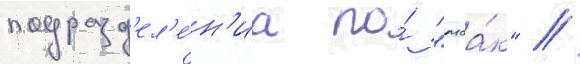
подразд'ел'е́н'иа по́ "маа́к" //